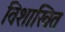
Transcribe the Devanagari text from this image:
विशाखित